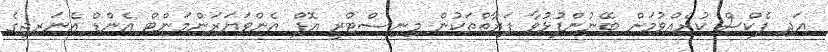
އަދި ފެކްސް ކުރެއްވުމަށް ބޭނުންފުޅުވާ ފަރާތްތަކުން މިނިސްޓްރީ އޮފް އެންވަޔަރަންމަންޓް އެންޑް އެނަރޖީގެ